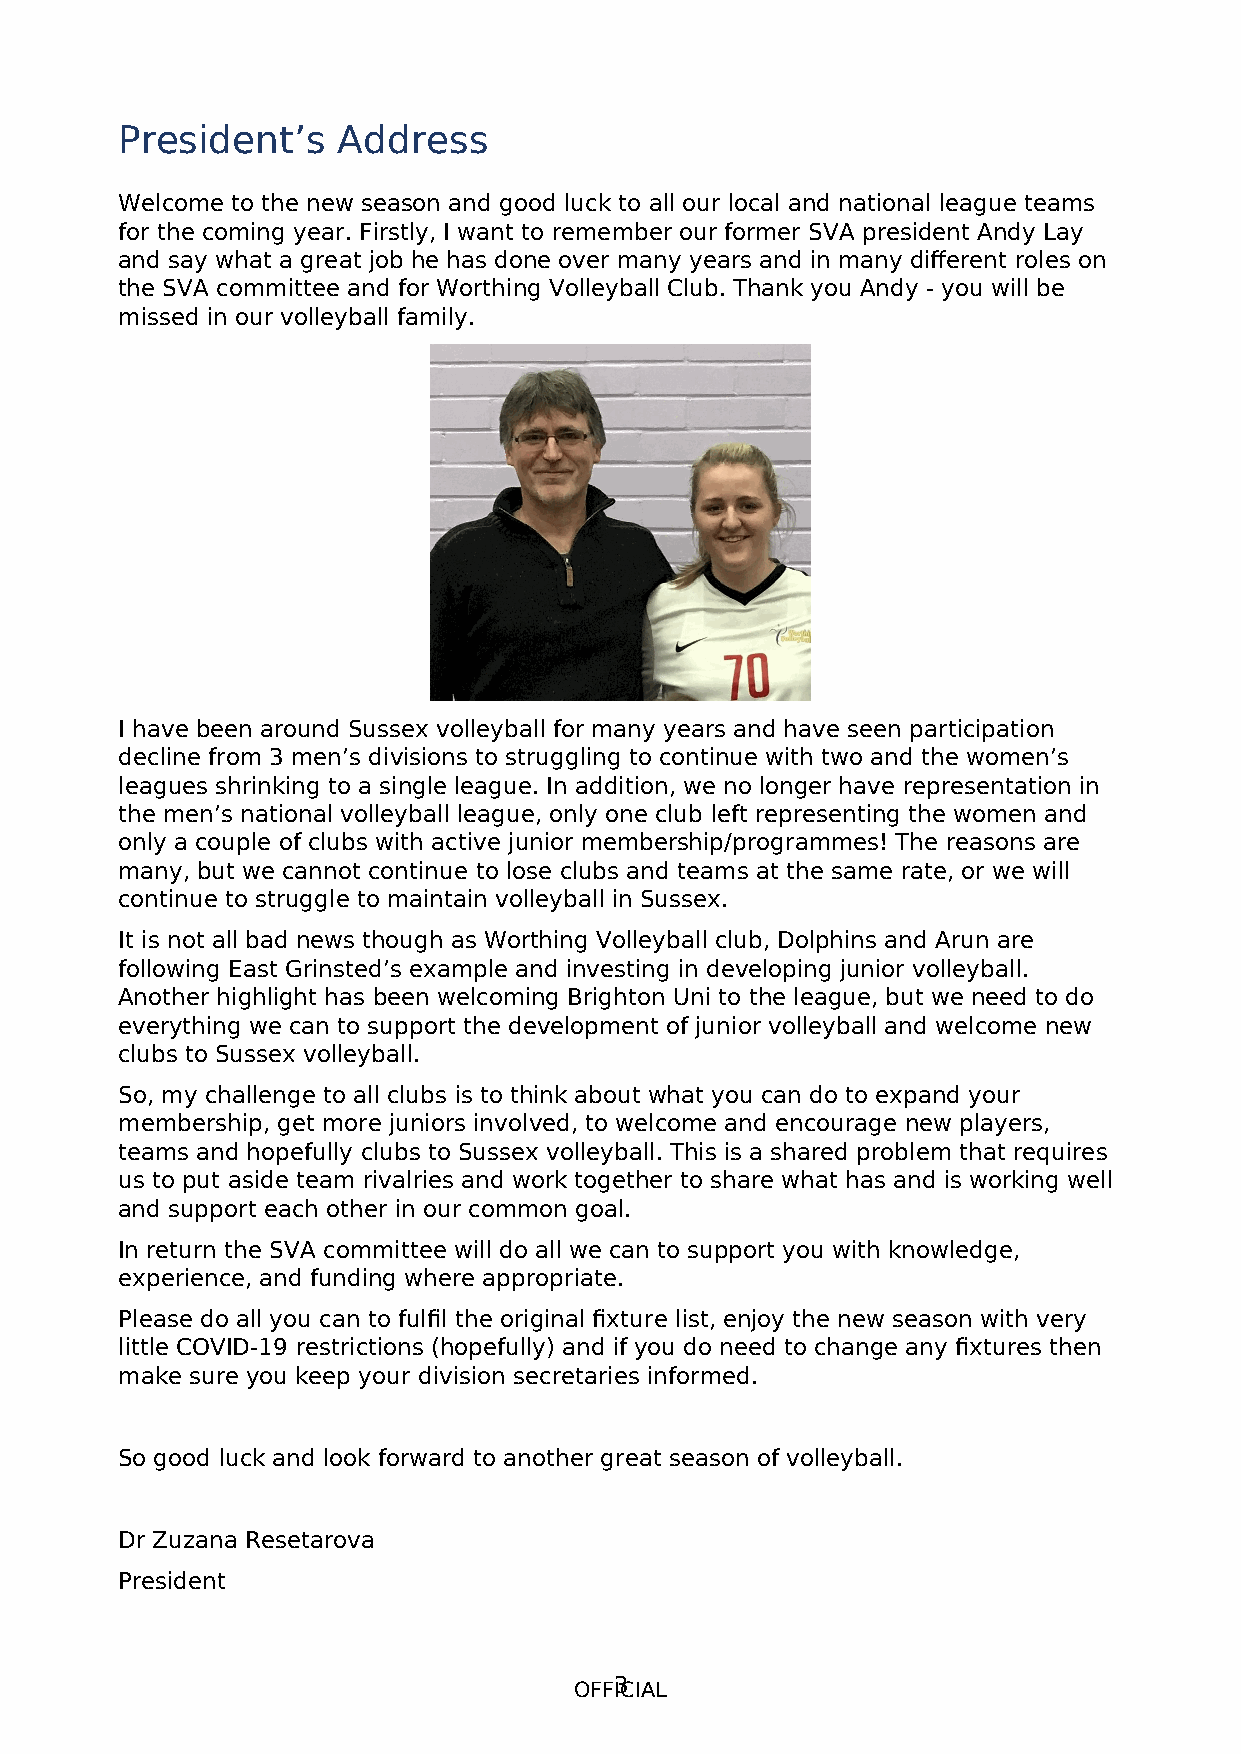
President’s   Address
 Welcome to the new season and good luck to all our local and national league teams
 for the coming year. Firstly, I want to remember our former SVA president Andy Lay
 and say what a great job he has done over many years and in many different roles on
 the SVA committee and for Worthing Volleyball Club. Thank you Andy - you will be
 missed in our volleyball family.
 I have been around Sussex volleyball for many years and have seen participation
 decline from 3 men’s divisions to struggling to continue with two and the women’s
 leagues shrinking to a single league. In addition, we no longer have representation in
 the men’s national volleyball league, only one club left representing the women and
 only a couple of clubs with active junior membership/programmes! The reasons are
 many, but we cannot continue to lose clubs and teams at the same rate, or we will
 continue to struggle to maintain volleyball in Sussex.
 It is not all bad news though as Worthing Volleyball club, Dolphins and Arun are
 following East Grinsted’s example and investing in developing junior volleyball.
 Another highlight has been welcoming Brighton Uni to the league, but we need to do
 everything we can to support the development of junior volleyball and welcome new
 clubs to Sussex volleyball.
 So, my challenge to all clubs is to think about what you can do to expand your
 membership, get more juniors involved, to welcome and encourage new players,
 teams and hopefully clubs to Sussex volleyball. This is a shared problem that requires
 us to put aside team rivalries and work together to share what has and is working well
 and support each other in our common goal.
 In return the SVA committee will do all we can to support you with knowledge,
 experience, and funding where appropriate.
 Please do all you can to fulfil the original fixture list, enjoy the new season with very
 little COVID-19 restrictions (hopefully) and if you do need to change any fixtures then
 make sure you keep your division secretaries informed.
 So good luck and look forward to another great season of volleyball.
 Dr Zuzana Resetarova
 President
 OFF3ICIAL